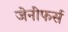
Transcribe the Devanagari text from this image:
जेनीफर्स